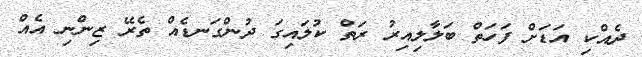
ދެއްކި އަޑަށް ފަހަތް ބަލާލިއިރު ރަތް ކުލައިގަ ދުންގަނޑެއް ތެރޭ ޒިންނި އެއް